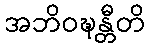
အဘိဝဍ္ဎန္တီတိ